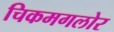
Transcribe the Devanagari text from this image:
चिकमगलोर